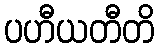
ပဟီယတီတိ